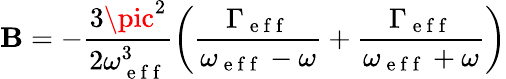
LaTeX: \mathbf{B}=-\frac{{3\pic^{2}}}{{2\omega_{\mathrm{{~e~f~f~}}}^{3}}}\left(\frac{{\Gamma_{\mathrm{{~e~f~f~}}}}}{{\omega_{\mathrm{{~e~f~f~}}}-\omega}}+\frac{{\Gamma_{\mathrm{{~e~f~f~}}}}}{{\omega_{\mathrm{{~e~f~f~}}}+\omega}}\right)